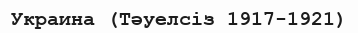
Украина (Тәуелсіз 1917-1921)